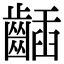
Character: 𪘾